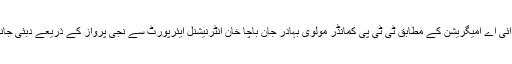
ذرائع ایف آئی اے امیگریشن کے مطابق ٹی ٹی پی کمانڈر مولوی بہادر جان باچا خان انٹرنیشنل ایئرپورٹ سے نجی پرواز کے ذریعے دبئی جانا چاہتا تھا۔